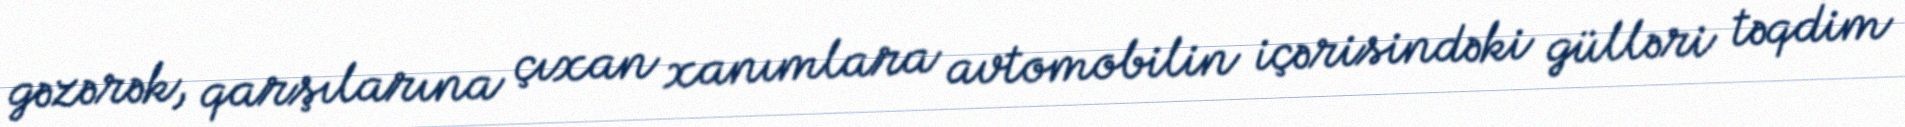
gəzərək, qarşılarına çıxan xanımlara avtomobilin içərisindəki gülləri təqdim